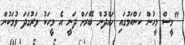
"މީސް މީހުން ކަންކަމުގައި ހައްދުން ބޭރަށް ދަނީ އެ މީހަކު ވަރުގަދަ ވުމަކުން